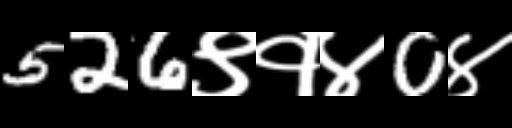
Text: 526९१४0४